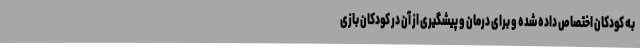
به کودکان اختصاص داده شده و برای درمان و پیشگیری از آن در کودکان بازی